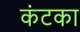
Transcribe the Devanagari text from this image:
कंटका